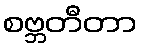
စဗ္ဘတီတာ